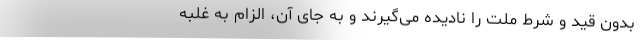
بدون قید و شرط ملت را نادیده می‌گیرند و به جای آن، الزام به غلبه